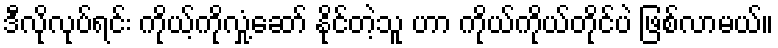
ဒီလိုလုပ်ရင်း ကိုယ့်ကိုလှုံ့ဆော် နိုင်တဲ့သူ ဟာ ကိုယ်ကိုယ်တိုင်ပဲ ဖြစ်လာမယ်။